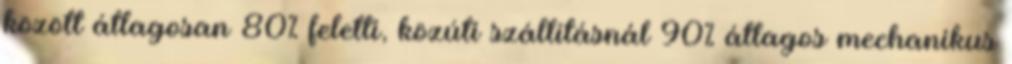
között átlagosan 80% feletti, közúti szállításnál 90% átlagos mechanikus